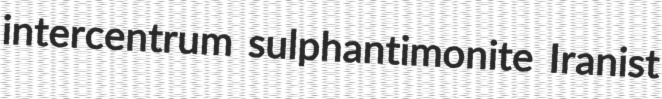
intercentrum sulphantimonite Iranist